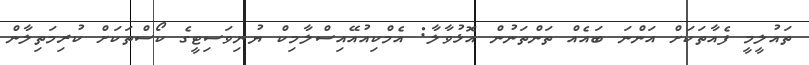
ތައުލީމީ ފެއާތަކަށް އަންނަ ބައެއް ތަންތަނުން އޮޅުވާލާ: އެމްކިއުއޭއިސްލާމިކް ޔުނިވަސިޓީގެ ކޯސްތަކަށް ކުރިމަތިލާން